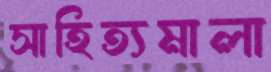
সাহিত্যমালা